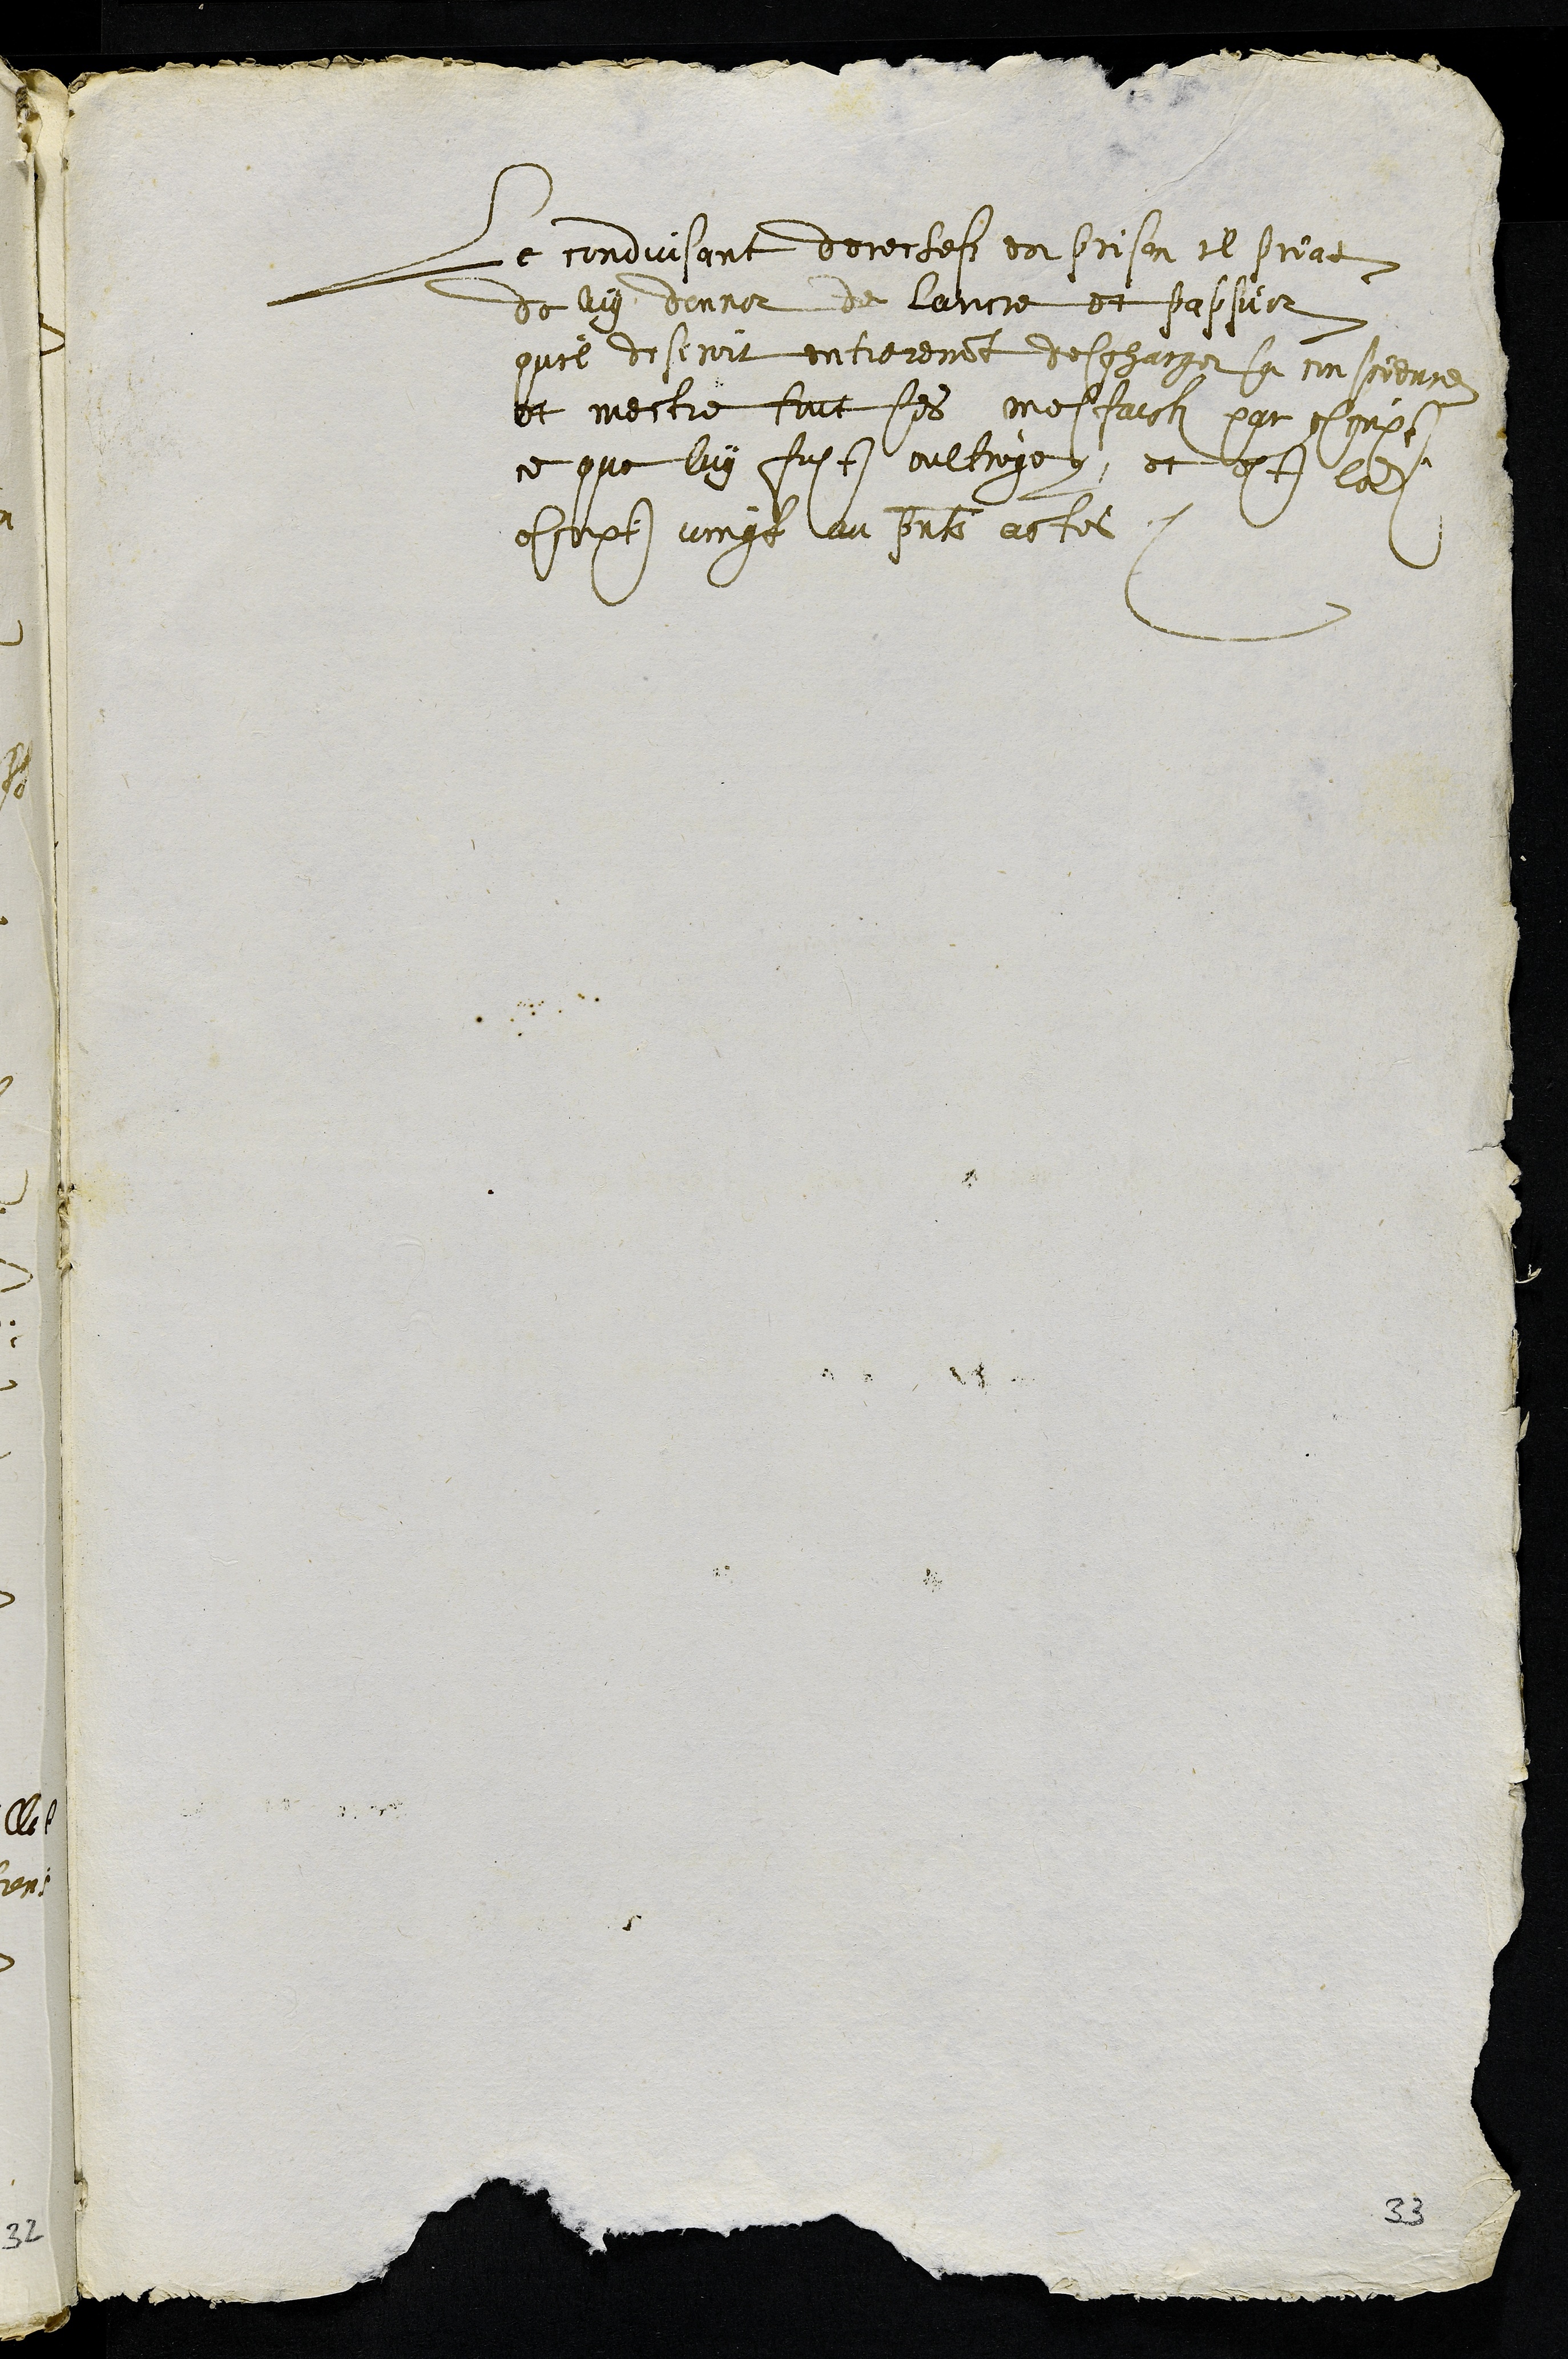
Le conduisant derechefz en prison il priat
de luy donner de lancre et pappier
quil desiroit entierement descharger sa conscience
et mectre tout ses mefaictz par escript
ce que luy fust oultroye, et est ledit
escript unigt au presents actes
33